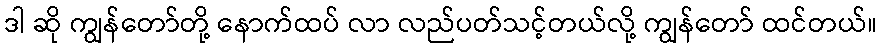
ဒါ ဆို ကျွန်တော်တို့ နောက်ထပ် လာ လည်ပတ်သင့်တယ်လို့ ကျွန်တော် ထင်တယ်။